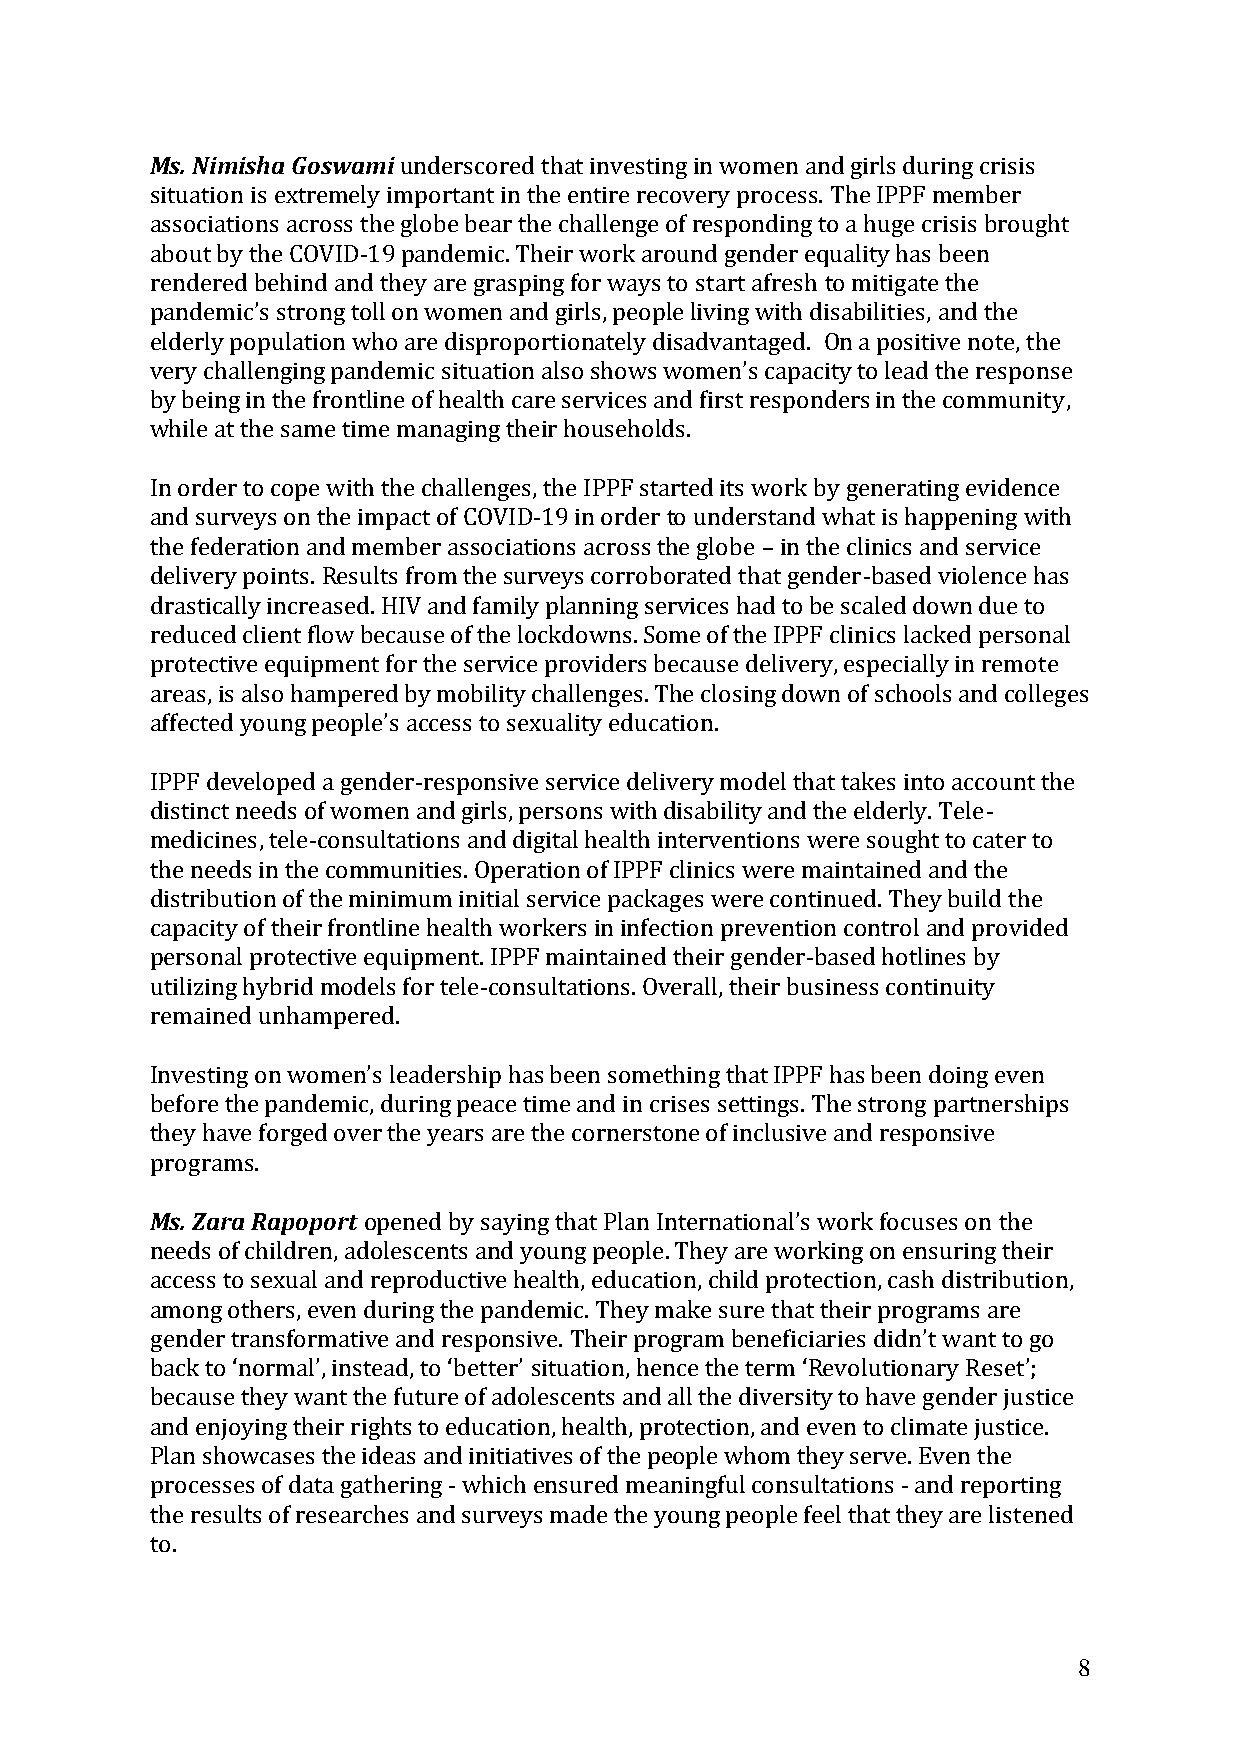
Ms. Nimisha Goswami underscored that investing in women and girls during crisis
 situation is extremely important in the entire recovery process. The IPPF member
 associations across the globe bear the challenge of responding to a huge crisis brought
 about by the COVID-19 pandemic. Their work around gender equality has been
 rendered behind and they are grasping for ways to start afresh to mitigate the
 pandemic’s strong toll on women and girls, people living with disabilities, and the
 elderly population who are disproportionately disadvantaged. On a positive note, the
 very challenging pandemic situation also shows women’s capacity to lead the response
 by being in the frontline of health care services and first responders in the community,
 while at the same time managing their households.
 In order to cope with the challenges, the IPPF started its work by generating evidence
 and surveys on the impact of COVID-19 in order to understand what is happening with
 the federation and member associations across the globe – in the clinics and service
 delivery points. Results from the surveys corroborated that gender-based violence has
 drastically increased. HIV and family planning services had to be scaled down due to
 reduced client flow because of the lockdowns. Some of the IPPF clinics lacked personal
 protective equipment for the service providers because delivery, especially in remote
 areas, is also hampered by mobility challenges. The closing down of schools and colleges
 affected young people’s access to sexuality education.
 IPPF developed a gender-responsive service delivery model that takes into account the
 distinct needs of women and girls, persons with disability and the elderly. Tele-
 medicines, tele-consultations and digital health interventions were sought to cater to
 the needs in the communities. Operation of IPPF clinics were maintained and the
 distribution of the minimum initial service packages were continued. They build the
 capacity of their frontline health workers in infection prevention control and provided
 personal protective equipment. IPPF maintained their gender-based hotlines by
 utilizing hybrid models for tele-consultations. Overall, their business continuity
 remained unhampered.
 Investing on women’s leadership has been something that IPPF has been doing even
 before the pandemic, during peace time and in crises settings. The strong partnerships
 they have forged over the years are the cornerstone of inclusive and responsive
 programs.
 Ms. Zara Rapoport opened by saying that Plan International’s work focuses on the
 needs of children, adolescents and young people. They are working on ensuring their
 access to sexual and reproductive health, education, child protection, cash distribution,
 among others, even during the pandemic. They make sure that their programs are
 gender transformative and responsive. Their program beneficiaries didn’t want to go
 back to ‘normal’, instead, to ‘better’ situation, hence the term ‘Revolutionary Reset’;
 because they want the future of adolescents and all the diversity to have gender justice
 and enjoying their rights to education, health, protection, and even to climate justice.
 Plan showcases the ideas and initiatives of the people whom they serve. Even the
 processes of data gathering - which ensured meaningful consultations - and reporting
 the results of researches and surveys made the young people feel that they are listened
 to.
 8